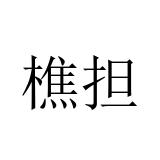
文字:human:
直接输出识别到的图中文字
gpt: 樵担